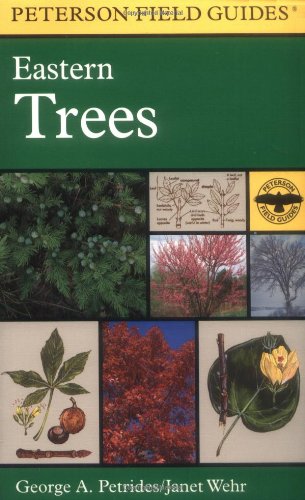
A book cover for A Field Guide to Eastern Trees: Eastern United States and Canada, Including the Midwest (Peterson Field Guides); George A. Petrides; Science & Math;